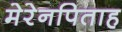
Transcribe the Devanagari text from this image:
मेरेनपिताह